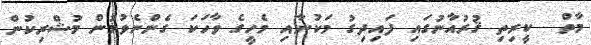
މާތް  ކީރިތި ޤުރުއާނުގައި ފައިދިގު މަކުނާއި މެހީގެ ވާހަކަ ގެންނެވުމުން މުޝްރިކުން